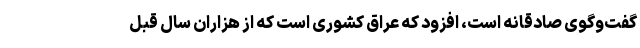
گفت‌وگوی صادقانه است، افزود که عراق کشوری است که از هزاران سال قبل